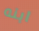
ابنه